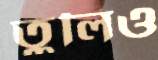
তুলিও